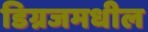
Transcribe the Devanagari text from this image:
डिग्रजमधील